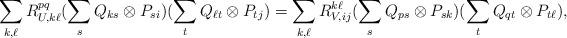
LaTeX: \begin{align*}\sum_{k,\ell} R^{pq}_{U, k \ell} (\sum_s Q_{ks}\otimes P_{si} ) (\sum_{t} Q_{\ell t}\otimes P_{t j})= \sum_{k,\ell} R^{k \ell}_{V, ij} (\sum_s Q_{ps}\otimes P_{sk} ) (\sum_t Q_{qt}\otimes P_{t\ell}) ,\end{align*}